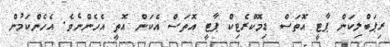
ރިޕަބްލިކަން ޕާޓީ އޮތަސް ޑިމޮކްރެޓިކް ޕާޓީ އޮތަސް އެކަން އޮތީ އެހެންނެވެ. އެހެންކަމުން